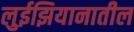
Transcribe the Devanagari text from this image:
लुईझियानातील